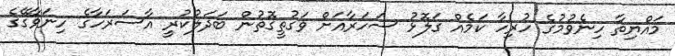
މައްޔިތާ ހިނެވުމުގެ ހުރިހާ ކަމެއް ގަލޮޅު ސަހަރާއަށް ވަގުތީގޮތުން ބަދަލުކުރީ އާސަރަހާގެ ހިނަވާގޭގެ